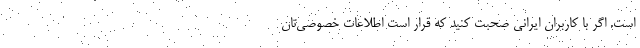
است. اگر با کاربران ایرانی صحبت کنید که قرار است اطلاعات خصوصی‌تان